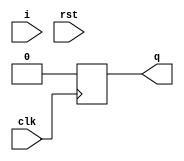
// Mealy modle of sequence detector 1100 (nol)
module seq_mly_1100 (input i, clk, rst, output reg q);
  // state decleration
  localparam idle  = 2'b00;
  localparam s1    = 2'b01;
  localparam s11   = 2'b10;
  localparam s110  = 2'b11;
  // state veriable
  reg st;
  always@(posedge clk)
  if (rst) begin
    st=idle;
    q=0; end
  else
    case(st)
      idle  : if(i==1) begin st=s1; q=0; end
                else begin st=idle; q=0; end
      s1    : if(i==1) begin st=s11; q=0; end
                else begin st=idle; q=0; end
      s11   : if(i==1) begin st=s11; q=0; end
                else begin st=s110; q=0; end
      s110  : if(i==1) begin st=idle; q=0; end
                else begin st=idle; q=1; end
    endcase                                                    
      
endmodule